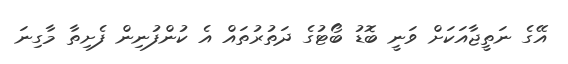
އޭގެ ނަތީޖާއަކަށް ވަނީ ބޮޑު ބޯޓުގެ ދަތުރުތައް އެ ކުންފުނިން ފެށިތާ މާގިނަ